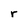
Character: r